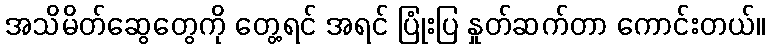
အသိမိတ်ဆွေတွေကို တွေ့ရင် အရင် ပြုံးပြ နှုတ်ဆက်တာ ကောင်းတယ်။